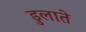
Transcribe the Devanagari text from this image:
डुलाते